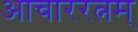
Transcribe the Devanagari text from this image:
आचाररत्नम्